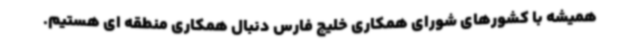
همیشه با کشورهای شورای همکاری خلیج فارس دنبال همکاری منطقه ای هستیم.